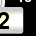
Digit: 2